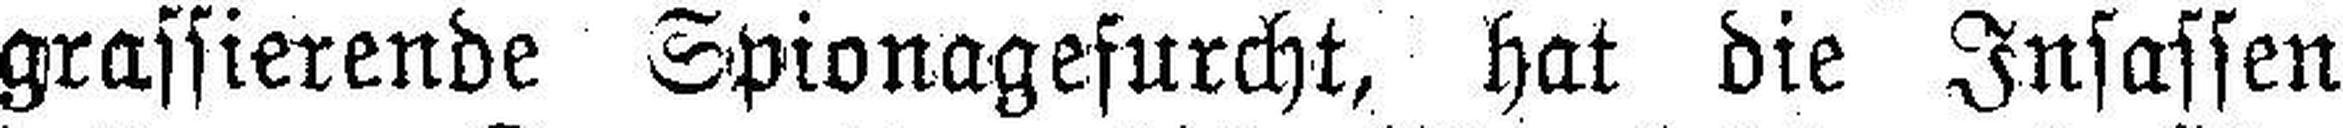
grassierende Spionagefurcht, hat die Insassen